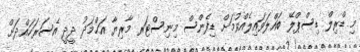
މި ޑްރިލް ޑިސްޕްލޭ ބައްލަވައިލެއްވުމަށް ޑިފެންސް މިނިސްޓަރ މާރިޔާ އަޙްމަދު ދީދީ އެސަރަހައްދަށް